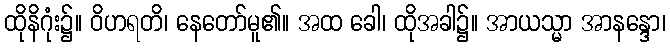
ထိုနိဂုံး၌။ ဝိဟရတိ၊ နေတော်မူ၏။ အထ ခေါ၊ ထိုအခါ၌။ အာယသ္မာ အာနန္ဒော၊